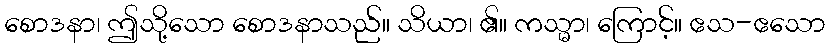
စောဒနာ၊ ဤသို့သော စောဒနာသည်။ သိယာ၊ ၏။ ကသ္မာ၊ ကြောင့်။ ဧသ-ဧသော